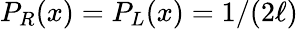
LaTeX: P_{R}(x)=P_{L}(x)=1/(2\ell)